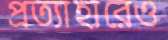
প্রত্যাহারেও